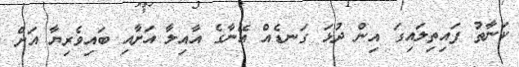
ކަނާތު ފައިތިލައިގަ އިން ދުޅަ ގަނޑެއް އޭނާގެ އާއިލާ އަށާއި ބައިވެރިޔާ އަށް